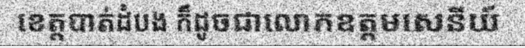
ខេត្តបាត់ដំបង ក៏ដូចជាលោកឧត្តមសេនីយ៍